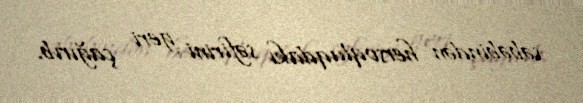
səbəbindən hersoqluqdakı səfirini geri çağırıb.